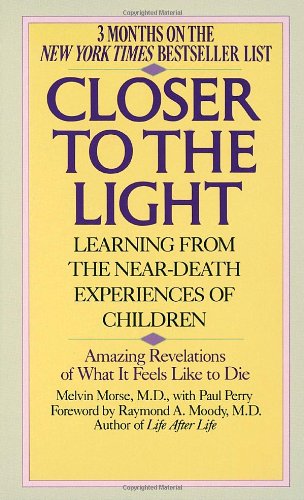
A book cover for Closer to the Light (Learning from the Near-Death Experiences of Children); Melvin Morse; Religion & Spirituality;